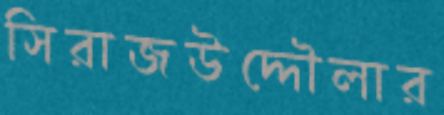
সিরাজউদ্দৌলার